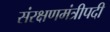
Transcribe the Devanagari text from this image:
संरक्षणमंत्रीपदी